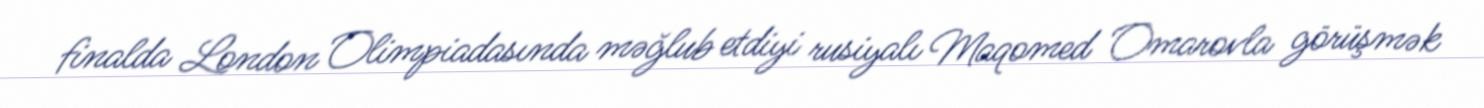
finalda London Olimpiadasında məğlub etdiyi rusiyalı Maqomed Omarovla görüşmək